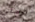
تواصلي